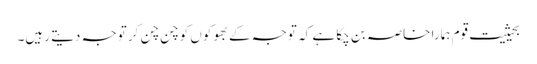
بحیثیت قوم ہمارا خاصہ بن چکا ہے کہ توجہ کے بھوکوں کو چن چن کر توجہ دیتے رہیں۔